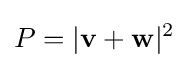
P=|\mathbf {v} +\mathbf {w} |^{2}